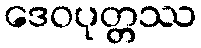
ဒေဝပုတ္တဿ